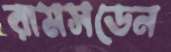
রামসডেন